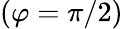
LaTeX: (\varphi=\pi/2)